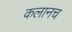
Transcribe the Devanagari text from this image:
कलानच